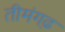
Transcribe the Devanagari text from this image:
तीमंगढ़